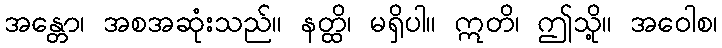
အန္တော၊ အစအဆုံးသည်။ နတ္ထိ၊ မရှိပါ။ ဣတိ၊ ဤသို့။ အဝေါစ၊